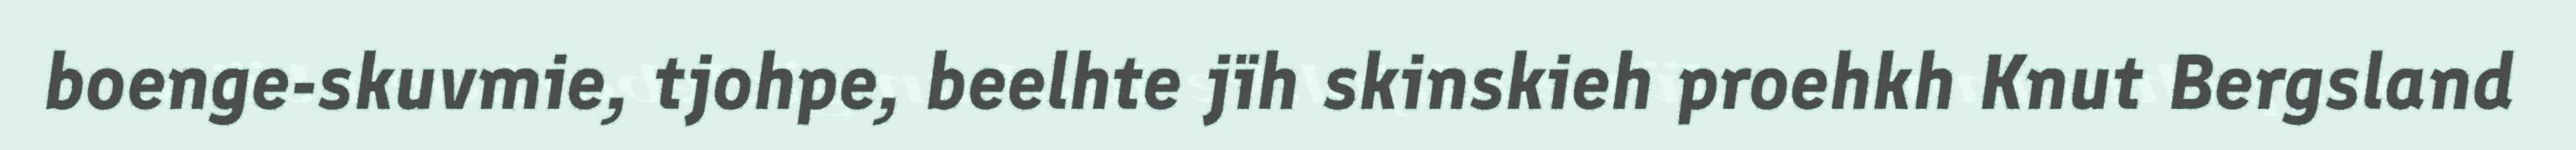
boenge-skuvmie, tjohpe, beelhte jïh skinskieh proehkh Knut Bergsland